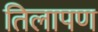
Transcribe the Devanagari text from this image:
तिलापण